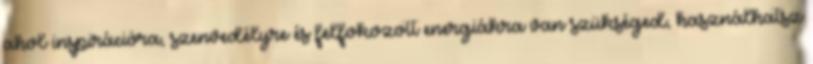
ahol inspirációra, szenvedélyre és felfokozott energiákra van szükséged, használhatsz